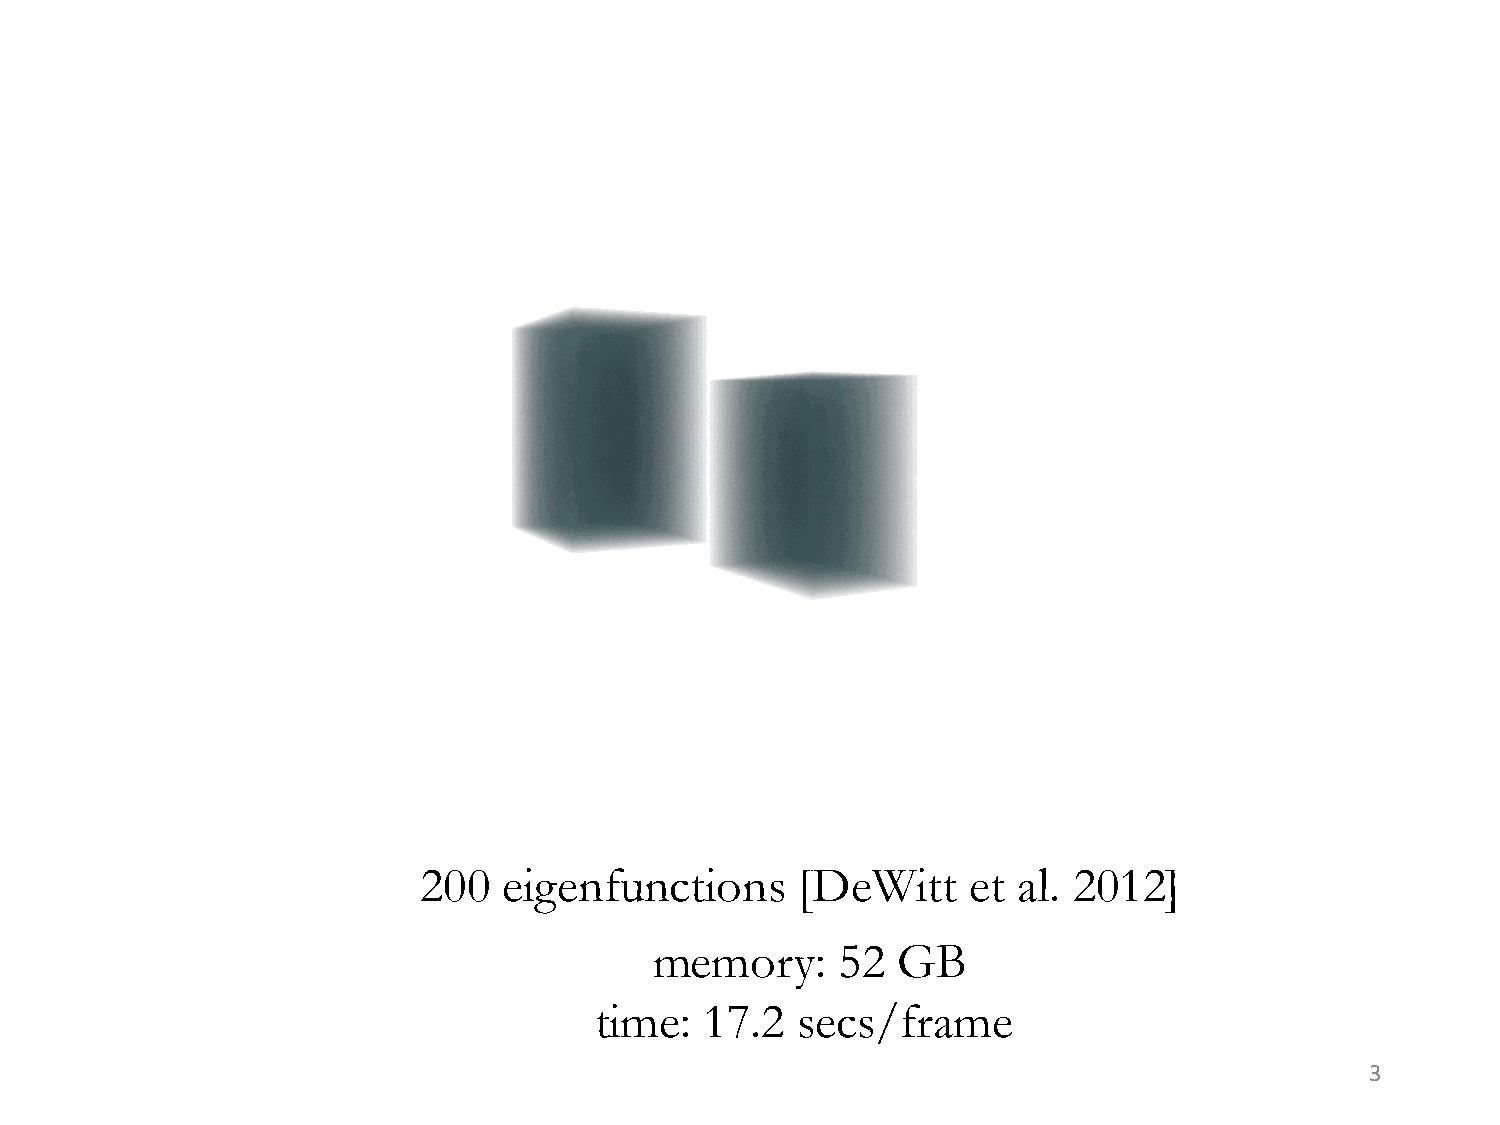
200  eigenfunctions      [DeWitt    et al. 2012]
 memory:      52 GB
 time:   17.2  secs/frame
 3